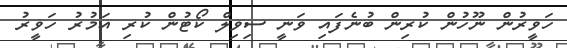
ހަވީރުން ނޫހުން ކުރިން ބުނެފައި ވަނީ ސިވިލް ކޯޓުން ކުރި އަމުރު ހަވީރު